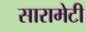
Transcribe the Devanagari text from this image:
सारामेटी